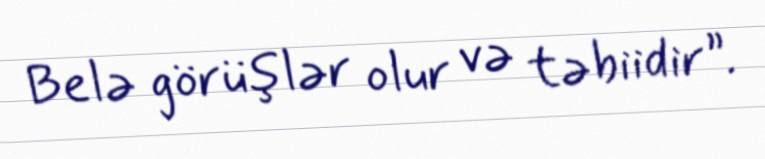
Belə görüşlər olur və təbiidir”.